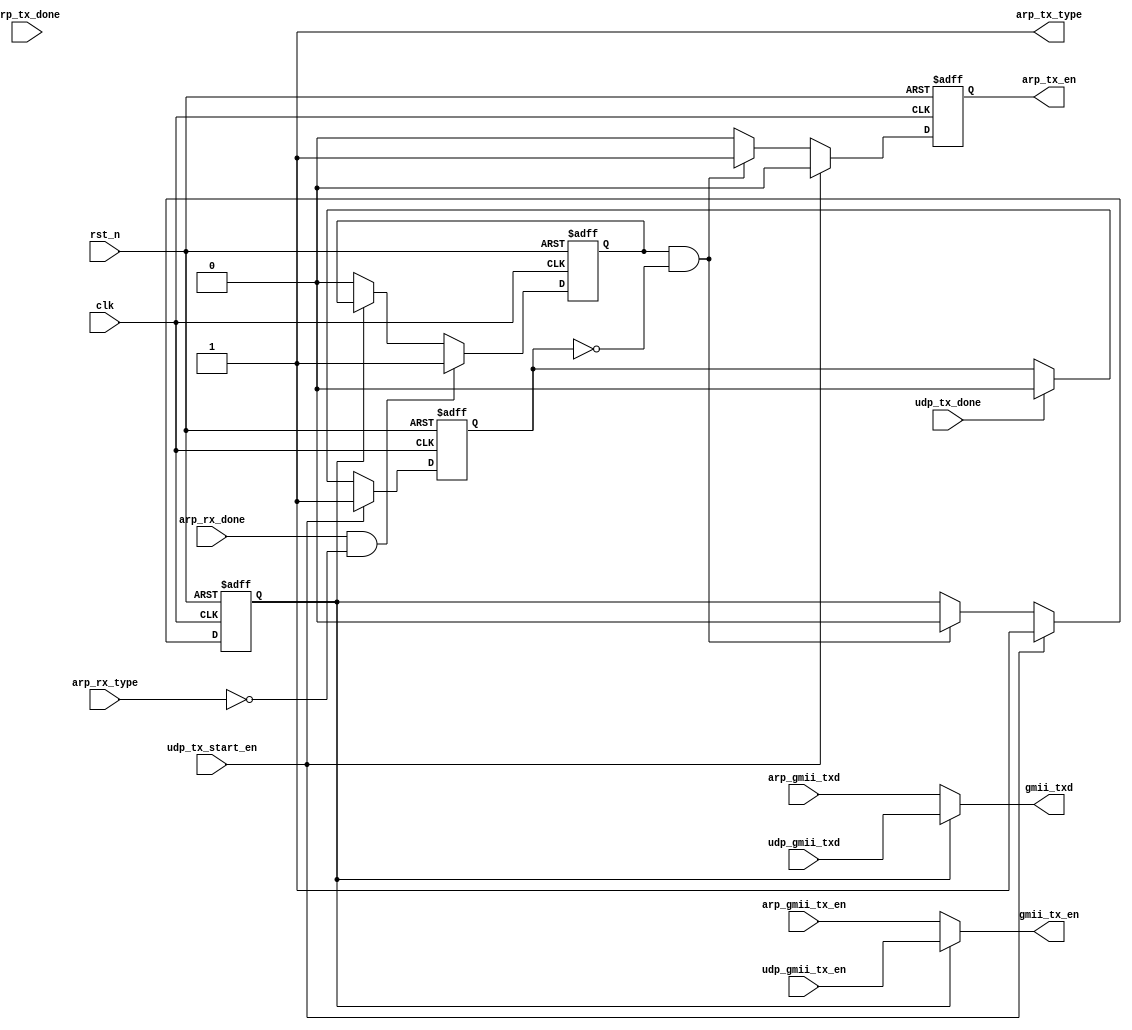
`timescale 1ns / 1ps
//////////////////////////////////////////////////////////////////////////////////
// Company: 
// Engineer: 
// 
// Design Name: 
// Module Name: eth_ctrl
// Project Name: 
// Target Devices: 
// Tool Versions: 
// Description: 
// 
// Dependencies: 
// 
// Revision:
// Revision 0.01 - File Created
// Additional Comments:
// 
//////////////////////////////////////////////////////////////////////////////////


module eth_ctrl(
       input              clk       ,     //
       input              rst_n     ,     // 
         //ARP  
       input               arp_rx_done, //ARP
       input               arp_rx_type, //ARP 0:  1:
       output        reg  arp_tx_en , 
       output              arp_tx_type,
       input              arp_tx_done,    //ARP
       input              arp_gmii_tx_en, //ARP GMII 
       input     [7:0]    arp_gmii_txd,   //ARP GMII
       //UDP
       input              udp_gmii_tx_en, 
       input     [7:0]    udp_gmii_txd,   
       input              udp_tx_start_en,//UDP
       input              udp_tx_done,    //UDP
       //GMII                     
       output             gmii_tx_en,     //GMII 
       output    [7:0]    gmii_txd        //UDP GMII 
    );
    
  //reg define
reg        protocol_sw; //
reg        udp_tx_busy; //UDP
reg        arp_rx_flag; //ARP  
   //*****************************************************
//**                    main code
//*****************************************************

assign      arp_tx_type = 1'b1;   //ARPARP    
assign      gmii_tx_en = protocol_sw ? udp_gmii_tx_en:arp_gmii_tx_en ;
assign      gmii_txd = protocol_sw ? udp_gmii_txd : arp_gmii_txd ;
 
 //UDP
always @(posedge clk or negedge rst_n) begin
    if(!rst_n)
        udp_tx_busy <= 1'b0;
    else if(udp_tx_start_en)   
        udp_tx_busy <= 1'b1;
    else if(udp_tx_done)
        udp_tx_busy <= 1'b0;
end
 
 always @(posedge clk or negedge rst_n) begin
    if(!rst_n)
        arp_rx_flag <= 1'b0;
    else if(arp_rx_done && !arp_rx_type)     //rec arq request 
         arp_rx_flag <= 1'b1;
    else if(!protocol_sw)
         arp_rx_flag <= 1'b0;
end
 
 //protocol_swarp_tx_en
  always @(posedge clk or negedge rst_n) begin
    if(!rst_n) begin
        protocol_sw <= 1'b0;
        arp_tx_en <= 1'b0;
    end
    else begin
           arp_tx_en <= 1'b0;
           if(udp_tx_start_en) 
                protocol_sw <= 1'b1;
           else if(arp_rx_flag && !udp_tx_busy)begin
                  arp_tx_en <= 1'b1;
                  protocol_sw <= 1'b0;
           end
        end           
    end  

endmodule